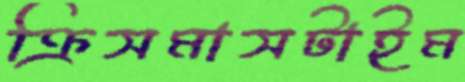
ক্রিসমাসটাইম